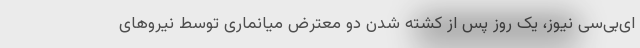
ای‌بی‌سی نیوز، یک روز پس از کشته شدن دو معترض میانماری توسط نیروهای